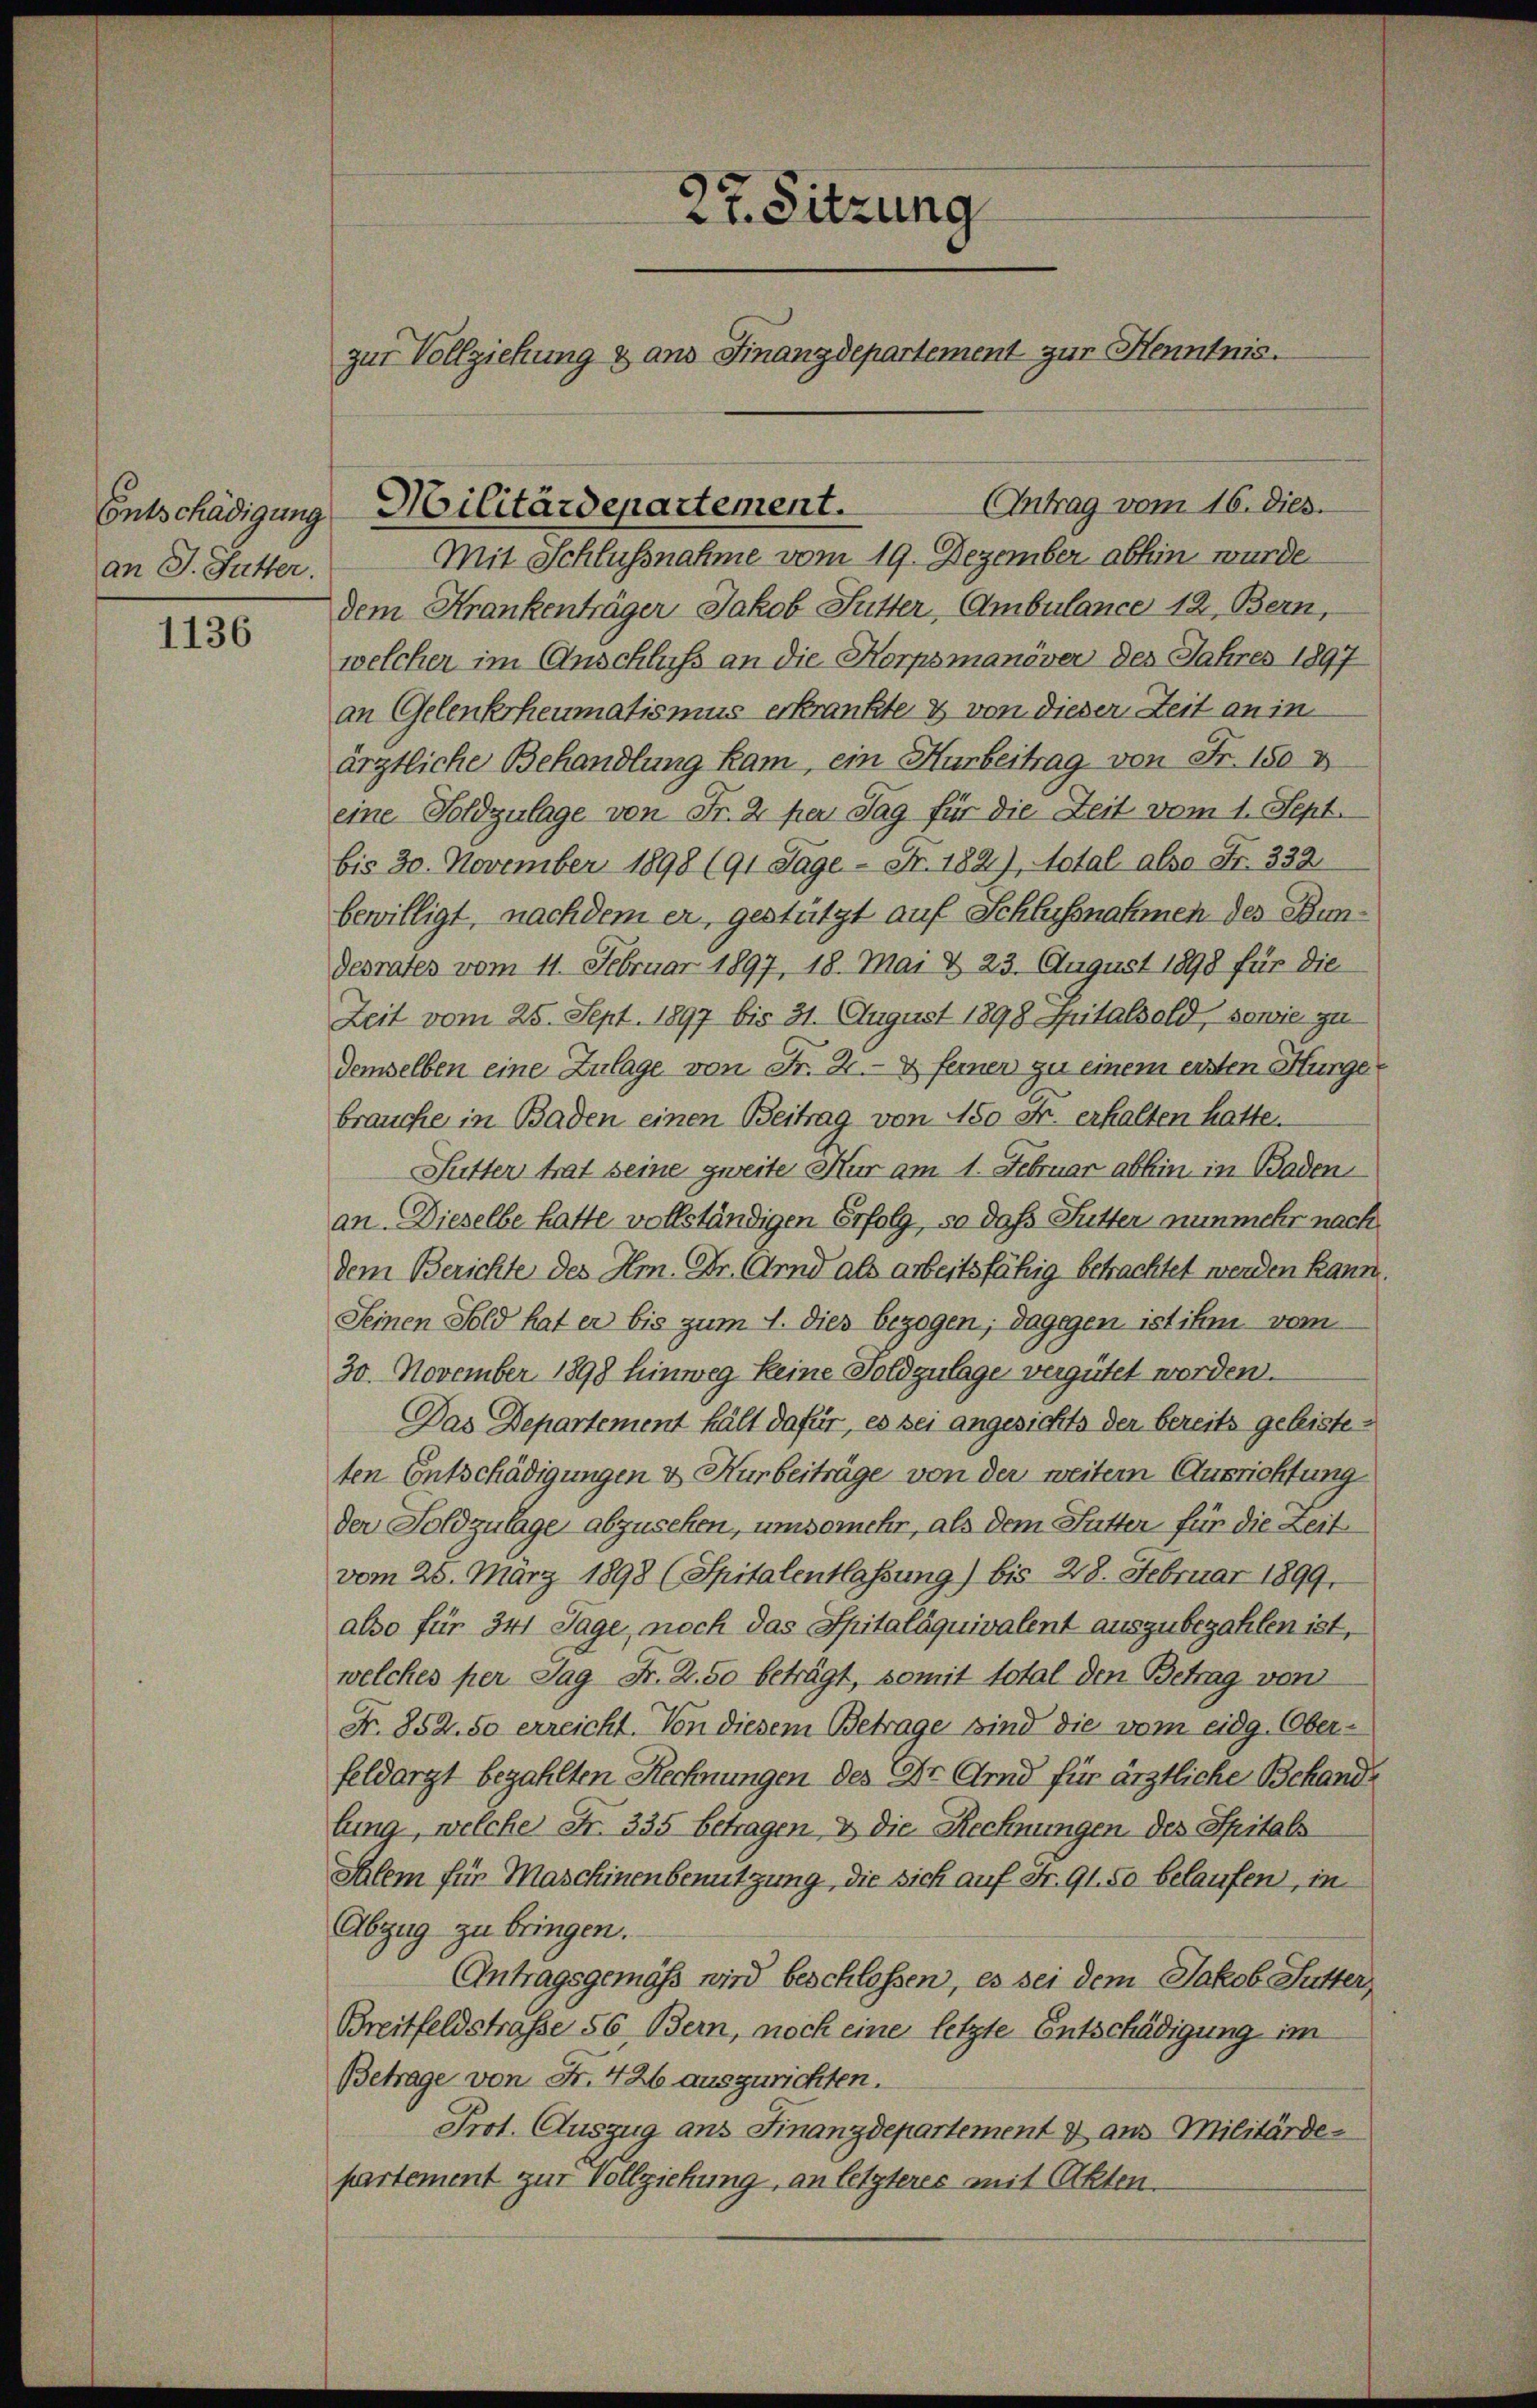
Entschädigung
an J. Futter.

1136

Mit Schlussnahme vom 19. Dezember abhin wurde
dem Krankenträger Jakob Futter, Ambulance 12, Bern,
welcher im Anschluß an die Korpsmanöver des Jahres 1897
an Gelenkrheumatismus erkrankte & von dieser Zeit an in
ärztliche Behandlung kam, ein Hurbeitrag von Fr. 1803
eine Toldzulage von Fr. 2 per Tag für die Zeit vom 1. Sept.
bis 30. November 1898 (91 Sage - Fr. 182), Notal also Str. 332
bewilligt, nachdem er, gestützt auf Schlussnahmen des Bundesrates vom 11. Februar 1897, 18. Mai & 23. August 1898 für die
Zeit vom 25. Sept. 1897 bis 31. August 1898 Spitalbeld, sowie zu
demselben eine Zulage von Fr. 2. & ferner zu einem ersten Münge
brauche in Baden einen Beitrag von 180 Fr. erhalten hatte.
Sutter trat seine zweite Nur am 1. Februar abhin in Baden
an. Dieselbe hatte vollständigen Erfolg, so daß Sutter nunmehr nach
dem Berichte des Hm. Dr. Arnd als arbeitsfähig betrachtet werden kann
Seinen Fold hat er bis zum 4. dies bezogen; dagegen ist ihm vom
30. November 1898 hinweg keine Foldzulage vergütet worden.
Das Departement hält dafür, es sei angesichts der bereits geleisteten Entschädigungen u. Kurbeiträge von der weitern Ausrichtung
der Foldzulage abzusehen, umsomehr, als dem Sutter für die Zeit
vom 25. März 1898 (Spitalentlassung) bis 28. Februar 1899.
also für 341 Tage, noch das Spitaläquivalent auszubezahlen ist,
welches per Jag Fr. 2.50 beträgt, somit total den Betrag von
Fr. 852. 50 erreicht. Von diesem Betrage sind die vom eidg. Ober-
feldarzt bezahlten Rechnungen des Dr. Grd für ärztliche Behandlung, welche Str. 335 betragen, & die Rechnungen des Spitals
Ihlem für Maschinenbenutzung, die sich auf Fr. 91. 50 belaufen, in
Abzug zu bringen.
Antragsgemäß wird beschlossen, es sei dem Jakob Sutter,
Breitfeldstraße 56 Bern, noch eine letzte Entschädigung im
Betrage von Fr. 426 auszurichten.
Prot. Auszug ans Finanzdepartement & aus Militärde-
partement zur Vollziehung, an letzteres mit Akten.

27. Sitzung
zur Vollziehung & ans Finanzdepartement zur Henntnis.

Militärdepartement.

Antrag vom 16. Dies.